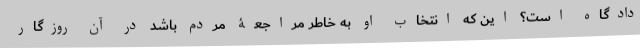
دادگاه است؟ این که انتخاب او به خاطر مراجعۀ مردم باشد در آن روزگار